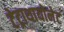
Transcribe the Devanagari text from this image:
टेट्राथायोनेट